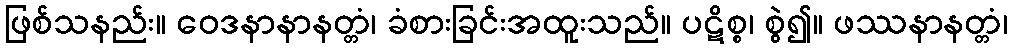
ဖြစ်သနည်း။ ဝေဒနာနာနတ္တံ၊ ခံစားခြင်းအထူးသည်။ ပဋိစ္စ၊ စွဲ၍။ ဖဿနာနတ္တံ၊